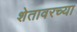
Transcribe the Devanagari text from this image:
शेतावरच्या